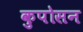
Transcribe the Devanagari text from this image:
कुपोसन